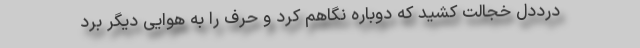
درددل خجالت کشید که دوباره نگاهم کرد و حرف را به هوایی دیگر بُرد